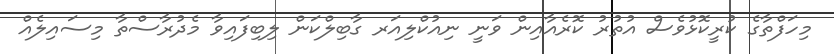
މިހަފްތާގެ ކުރީކޮޅުވެސް އުތުރު ކޮރެއާއިން ވަނީ ނިއުކްލިއަރ ގާބިލްކަން ލިބިފައިވާ މެދުރާސްތާ މިސައިލެއް